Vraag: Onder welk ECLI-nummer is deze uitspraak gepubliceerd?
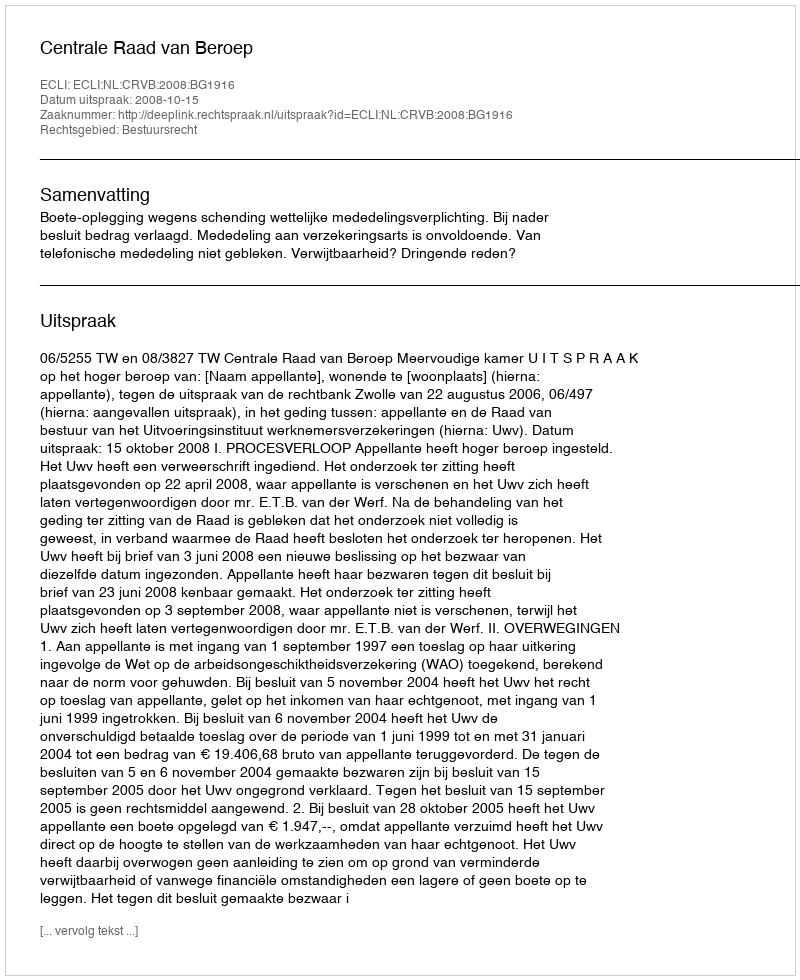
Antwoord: ECLI:NL:CRVB:2008:BG1916